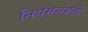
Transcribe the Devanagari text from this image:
नियमसंग्रहो